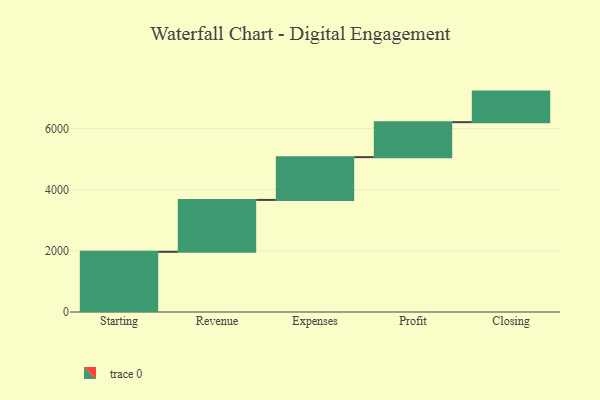
{"axis": {"x": "Step", "y": "Value"}, "legend": [""], "data": [{"x": "Starting", "y": 1969.0, "type": ""}, {"x": "Revenue", "y": 1697.0, "type": ""}, {"x": "Expenses", "y": 1399.0, "type": ""}, {"x": "Profit", "y": 1144.0, "type": ""}, {"x": "Closing", "y": 1000, "type": ""}]}